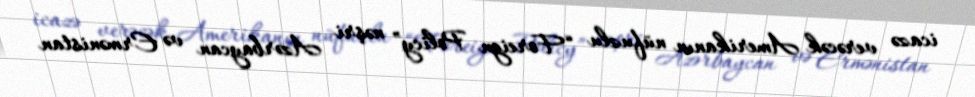
icazə verəcək Amerikanın nüfuzlu “Foreign Policy” nəşri Azərbaycan və Ermənistan